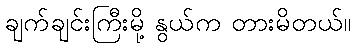
ချက်ချင်းကြီးမို့ နွယ်က တားမိတယ်။